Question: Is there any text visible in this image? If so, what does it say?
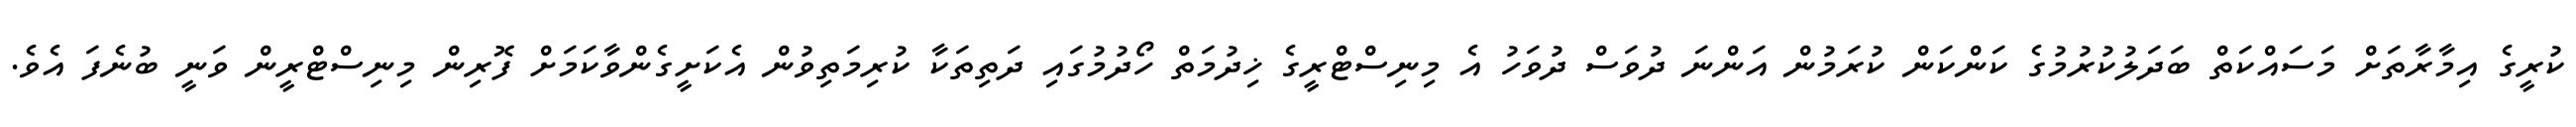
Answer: ކުރީގެ އިމާރާތަށް މަސައްކަތް ބަދަލުކުރުމުގެ ކަންކަން ކުރަމުން އަންނަ ދުވަސް ދުވަހު އެ މިނިސްޓްރީގެ ޚިދުމަތް ހޯދުމުގައި ދަތިތަކާ ކުރިމަތިވުން އެކަށީގެންވާކަމަށް ފޮރިން މިނިސްޓްރީން ވަނީ ބުނެފަ އެވެ.